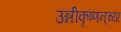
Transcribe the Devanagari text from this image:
उन्नीकृष्णन्‌च्या